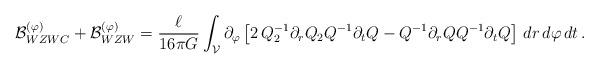
LaTeX: \begin{align*}{\cal B}^{(\varphi)}_{WZWC} + {\cal B}^{(\varphi)}_{WZW}=\frac \ell {16 \pi G} \int_{\cal V} \partial_\varphi\left [ 2 \, Q_2^{-1} \partial_r Q_2 Q^{-1} \partial_t Q - Q^{-1} \partial_r Q Q^{-1} \partial_t Q \right ] \, dr \, d\varphi \, dt \, .\end{align*}